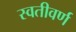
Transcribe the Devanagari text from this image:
स्वतीवर्ण